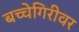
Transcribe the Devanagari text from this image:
बच्चेगिरीवर